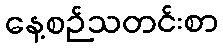
နေ့စဉ်သတင်းစာ